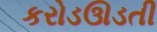
કરોડઊડતી